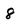
Character: 8